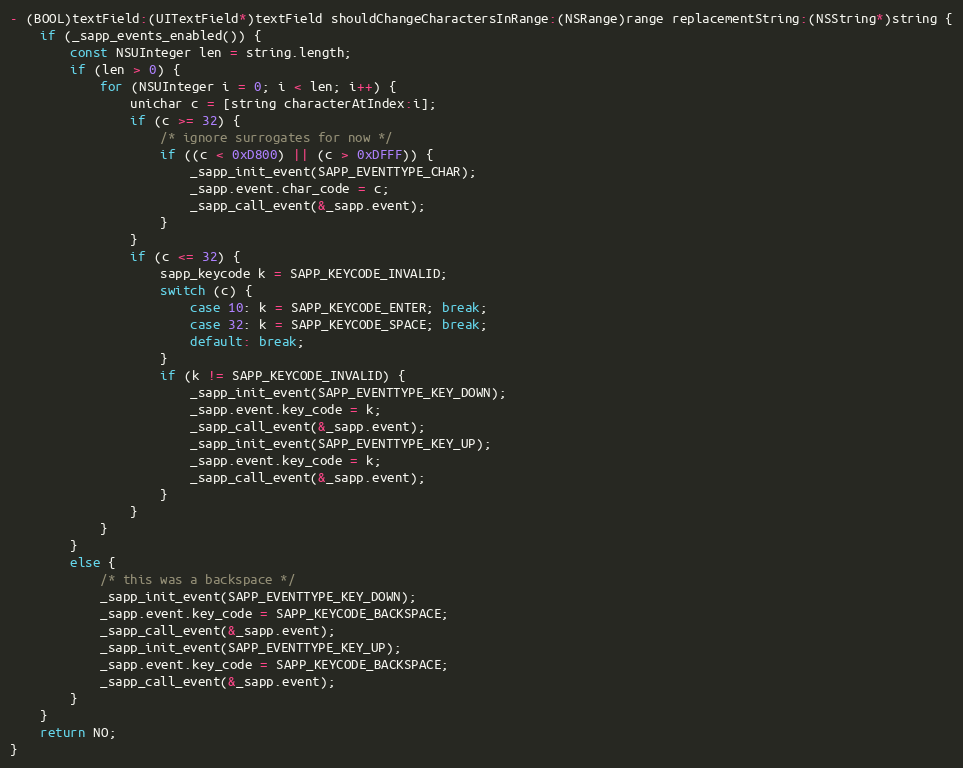
Language: C
- (BOOL)textField:(UITextField*)textField shouldChangeCharactersInRange:(NSRange)range replacementString:(NSString*)string {
    if (_sapp_events_enabled()) {
        const NSUInteger len = string.length;
        if (len > 0) {
            for (NSUInteger i = 0; i < len; i++) {
                unichar c = [string characterAtIndex:i];
                if (c >= 32) {
                    /* ignore surrogates for now */
                    if ((c < 0xD800) || (c > 0xDFFF)) {
                        _sapp_init_event(SAPP_EVENTTYPE_CHAR);
                        _sapp.event.char_code = c;
                        _sapp_call_event(&_sapp.event);
                    }
                }
                if (c <= 32) {
                    sapp_keycode k = SAPP_KEYCODE_INVALID;
                    switch (c) {
                        case 10: k = SAPP_KEYCODE_ENTER; break;
                        case 32: k = SAPP_KEYCODE_SPACE; break;
                        default: break;
                    }
                    if (k != SAPP_KEYCODE_INVALID) {
                        _sapp_init_event(SAPP_EVENTTYPE_KEY_DOWN);
                        _sapp.event.key_code = k;
                        _sapp_call_event(&_sapp.event);
                        _sapp_init_event(SAPP_EVENTTYPE_KEY_UP);
                        _sapp.event.key_code = k;
                        _sapp_call_event(&_sapp.event);
                    }
                }
            }
        }
        else {
            /* this was a backspace */
            _sapp_init_event(SAPP_EVENTTYPE_KEY_DOWN);
            _sapp.event.key_code = SAPP_KEYCODE_BACKSPACE;
            _sapp_call_event(&_sapp.event);
            _sapp_init_event(SAPP_EVENTTYPE_KEY_UP);
            _sapp.event.key_code = SAPP_KEYCODE_BACKSPACE;
            _sapp_call_event(&_sapp.event);
        }
    }
    return NO;
}